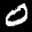
Label: 0